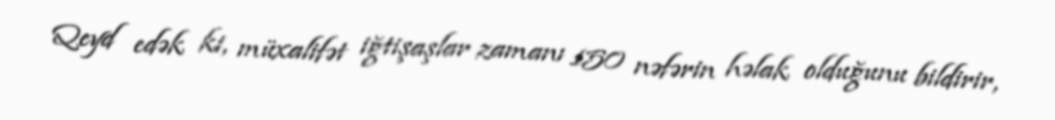
Qeyd edək ki, müxalifət iğtişaşlar zamanı 150 nəfərin həlak olduğunu bildirir,